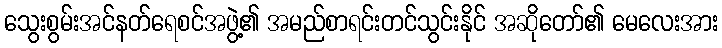
သွေးစွမ်းအင်နတ်ရေစင်အဖွဲ့၏ အမည်စာရင်းတင်သွင်းနိုင် အဆိုတော်၏ မေလေးအား